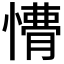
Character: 𭞩